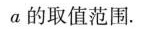
a的取值范围.